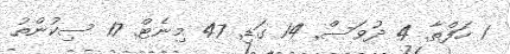
1 ހަފްތާ